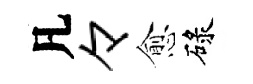
凡々愈碌